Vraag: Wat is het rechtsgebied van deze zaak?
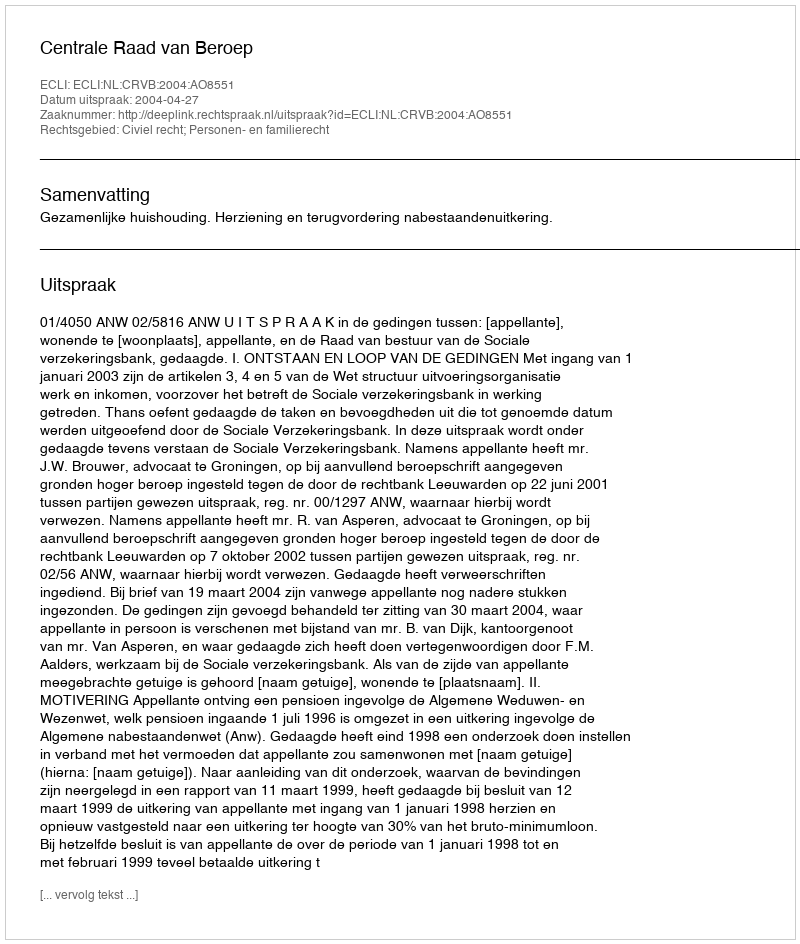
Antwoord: Civiel recht; Personen- en familierecht